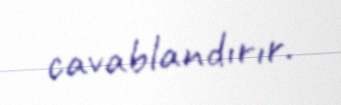
cavablandırır.